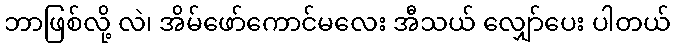
ဘာဖြစ်လို့ လဲ၊ အိမ်ဖော်ကောင်မလေး အီသယ် လျှော်ပေး ပါတယ်